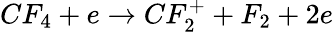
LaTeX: CF_{4}+e\rightarrow CF_{2}^{+}+F_{2}+2e